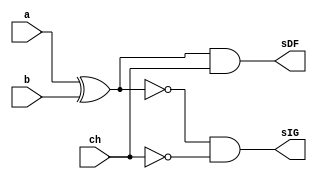
// ------------------------- 
// Exemplo0036
// Nome: Oswaldo Oliveira Paulino
// ------------------------- 

module AU (output sIG, output sDF, input a, input b, input ch);
			  
	wire notCH,xorAB,xnorAB;
	
	not NOT1   (notCH, ch);
	xor XOR1   (xorAB, a, b);
	xnor XNOR1 (xnorAB, a, b);
	and AND1   (sDF, xorAB, ch);
	and AND2   (sIG, xnorAB, notCH);
endmodule 

module test_AU;
// ------------------------- definir dados
   reg x;
	reg y;
	reg ch;
	wire w;
	wire z;
	
	AU modulo (w, z, x, y, ch);
	
	initial begin: start
		x = 0; 
		y = 0;
		ch= 0;
	end
	
// ------------------------- parte principal
   initial begin
      $display("Exemplo0036 - Oswaldo Oliveira Paulino - 382175");
      $display("Test LU's module");
		$display ("---------------- CHAVE = 0 --------------------");
		$monitor("a = %b b = %b sIG = %b",x,y,w);
		#1
		x = 0; y = 1; ch = 0;
		#1
		x = 1; y = 0; ch = 0;
		#1
		x = 1; y = 1; ch = 0;
		#1
		$display ("---------------- CHAVE = 1 --------------------");
		$monitor("a = %b b = %b sDIF = %b",x,y,z);
		x = 0; y = 0; ch = 1;
		#1
		x = 0; y = 1; ch = 1;
		#1 
		x = 1; y = 0; ch = 1;
		#1 
		x = 1; y = 1; ch = 1;						
   end
endmodule // test_LU

/*
    Exemplo0036 - Oswaldo Oliveira Paulino - 382175
    Test LU's module
    ---------------- CHAVE = 0 --------------------
    a = 0 b = 0 sIG = 1
    a = 0 b = 1 sIG = 0
    a = 1 b = 0 sIG = 0
    a = 1 b = 1 sIG = 1
    ---------------- CHAVE = 1 --------------------
    a = 0 b = 0 sDIF = 0
    a = 0 b = 1 sDIF = 1
    a = 1 b = 0 sDIF = 1
    a = 1 b = 1 sDIF = 0
*/